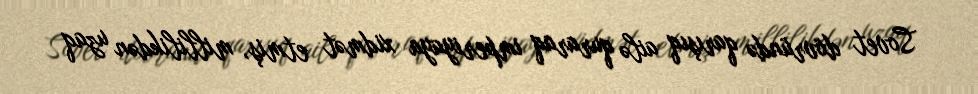
Sovet dövründə qarışıq ailə quraraq imperiyaya xidmət etmiş, millilikdən uzaq